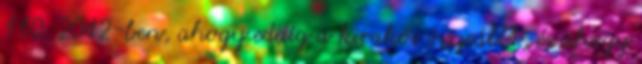
110. 2012-ben, ahogy eddig a kirakós összeállt, és ahogy